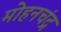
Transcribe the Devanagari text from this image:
मोहनचंद्र